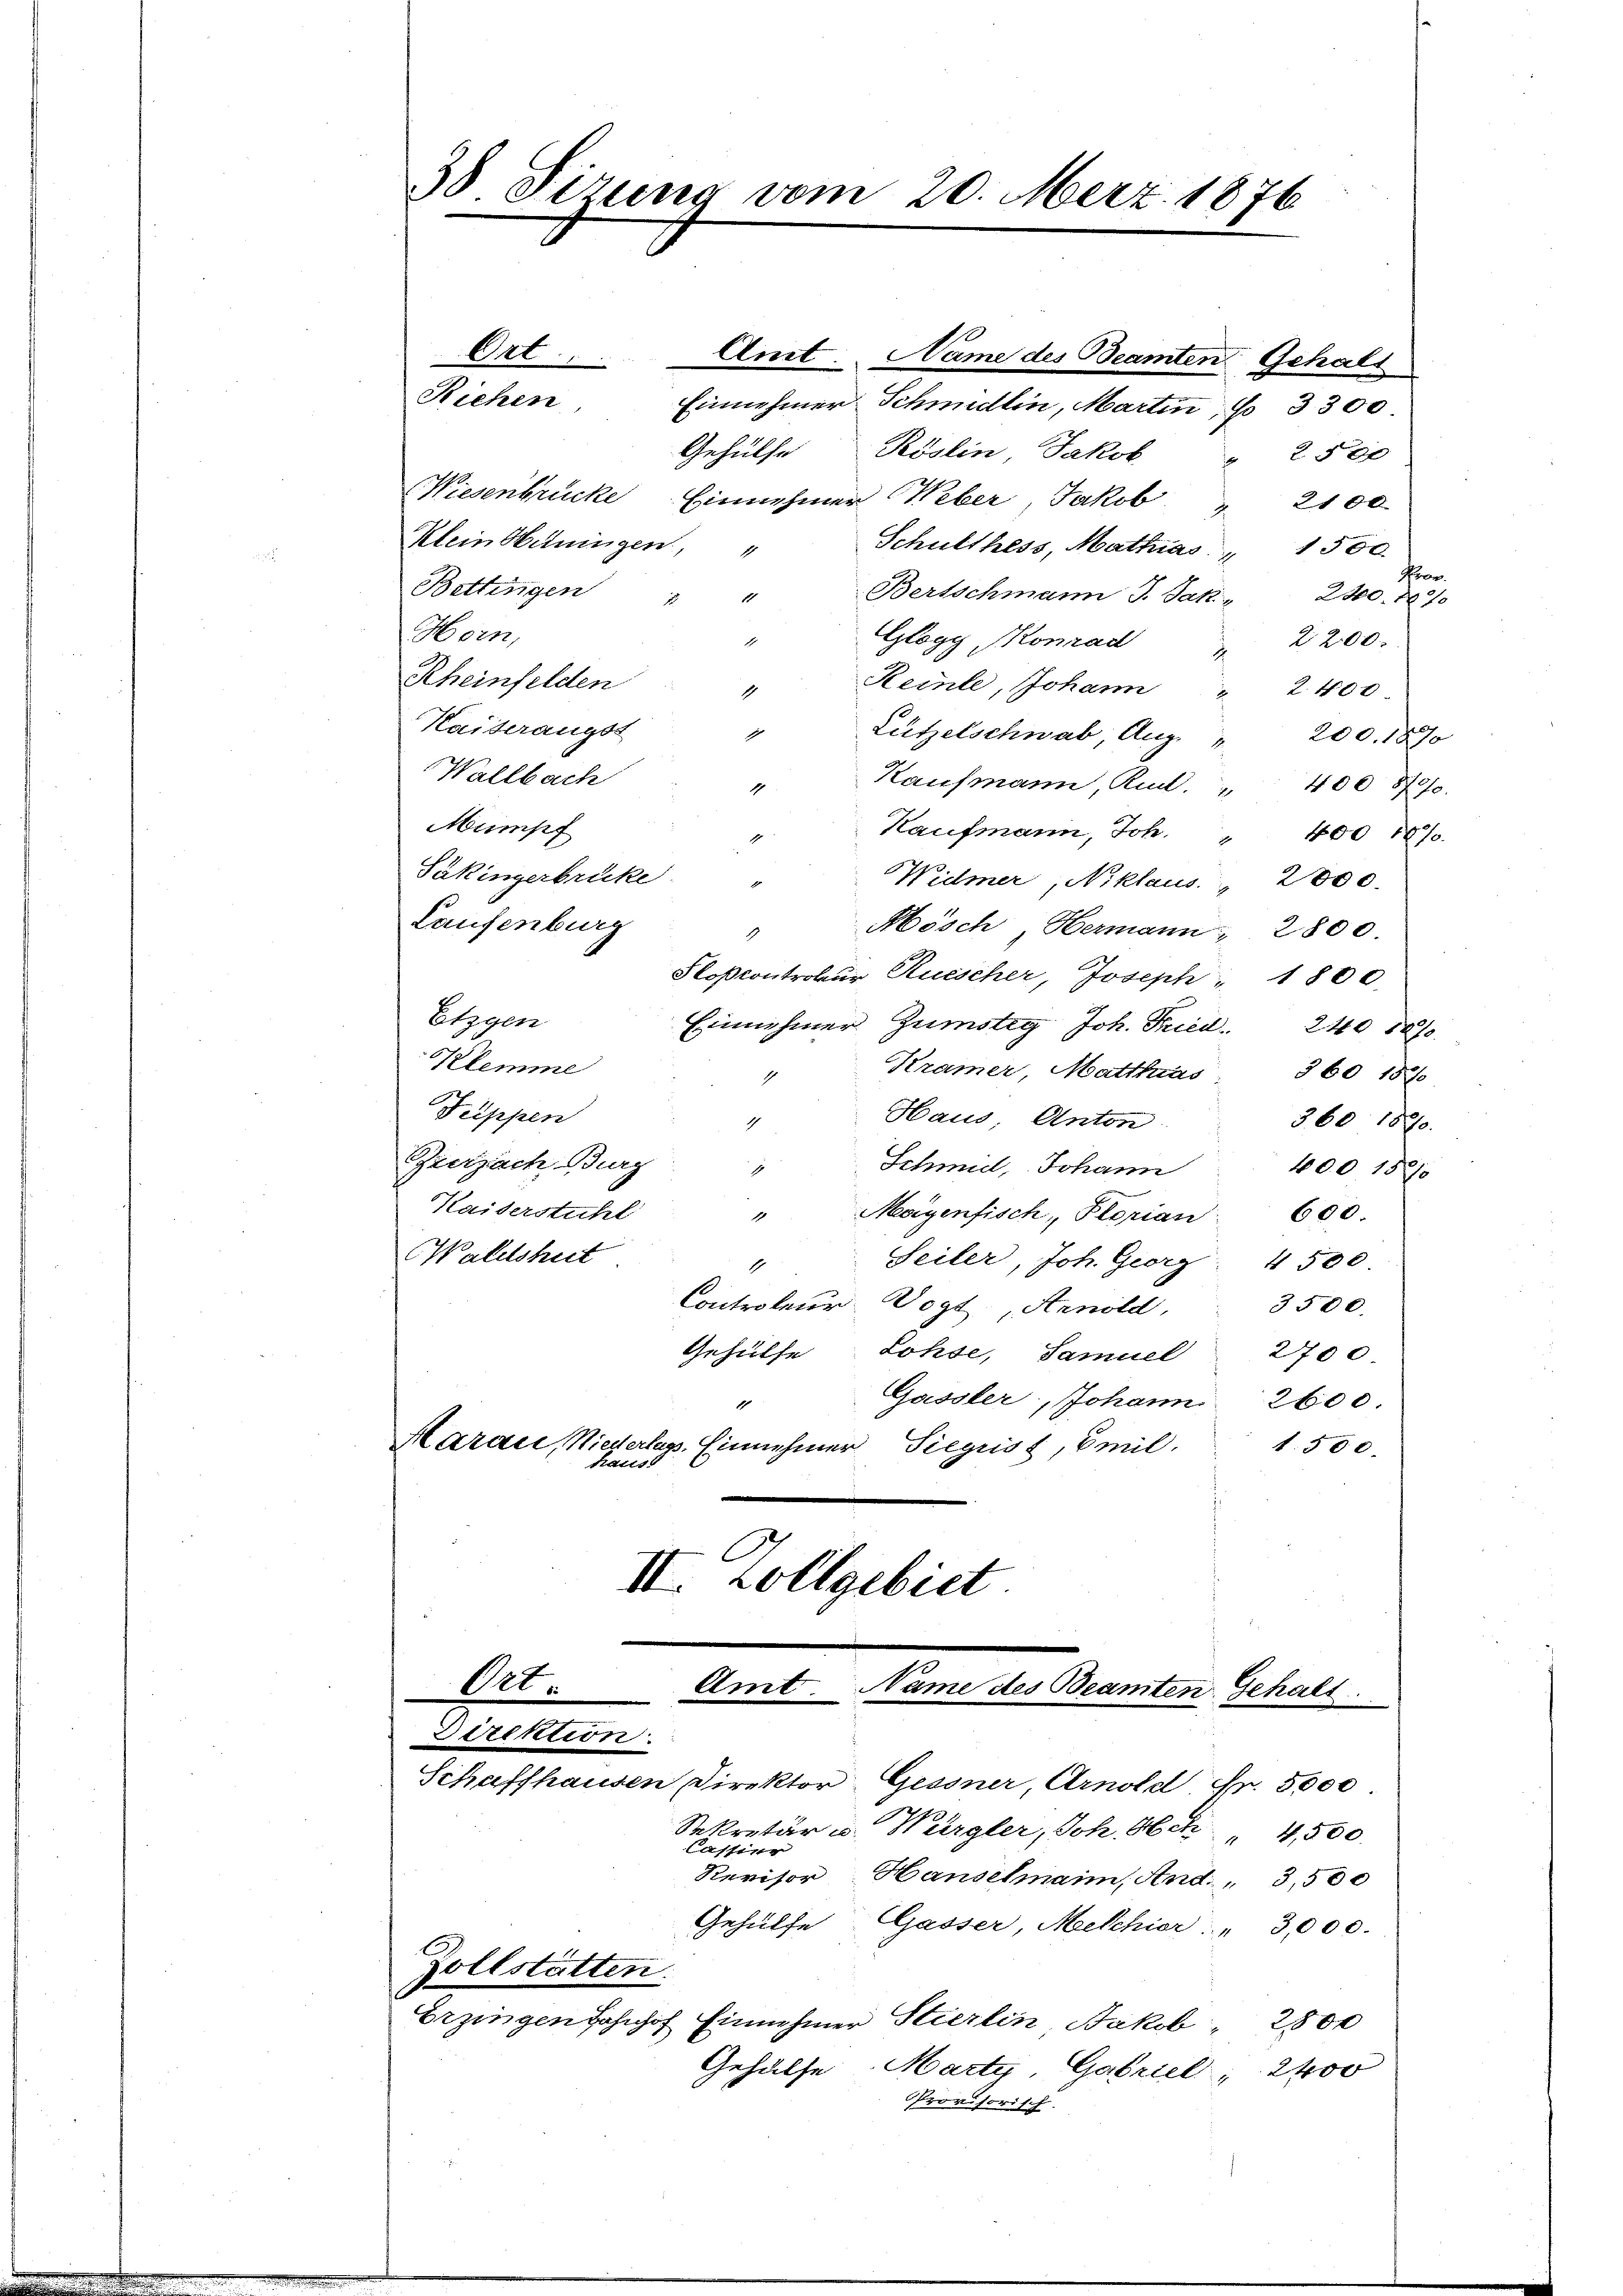
38 Sizung vom 20. Merz 1876

Riehen
Wiesenbrücke Einnehmer Weber, Jakob " 2100
Klein Hüningen,
Schulthess, Mathias " 1500.
1
Koon.
Bettingen
Bertschmann J. Jani-
2400. No 70
1
1
Horn,
Glogg Konrad
1
2200.
Rheinfelden
Reinle, Johann " 2400
1
Kaiserangst
Lützelschwab, Aug.
1
200. 1870
Wallbach
Kaufmann, Rud.
400 8790.
1
1
Mumpf
Kaufmann, Joh. " 400 1870.
1
Säkingerbrücke
Widmer, Niklaus 2000.
Laufenburg
Mösch, Hermann, 2800
1
Floßcontrobur Rüescher, Joseph " 1800.
Etzgen
Einnehmer Zustig Joh. Fried. 240 1870
Klemme
Kramer, Matthias 360 157
1
Suppen
Haus Anton
360 1890.
4
Zurzach Gug
Schmidl, Johann
400 1891
1
Kaiserstühl
Mayenfisch, Florian 600.
1
Waldshut
Seiler, Joh. Georg 4500
1
Controleur Vogt Arnold, 3500.
Gehülfe Lohse, Samuel 2700.
Gassler, Johann 2600.
1
Marau, Niederlas, Einnehmer Siegrist, Emil.
t.500.
hauss
II. Zollgebiet

Ort...

Ote
Amt. Name des Beamten Gehalt
Direktion.
Schaffhausen Direktor Gessner, Arnold Fr. 5000

Amt. Name des Beamten Gehalt
Einnehmer Schmidlin, Martin, No 3300
Gehülfe Röslin Jakob " 2500

Sekretär u. Würgler, Joh. Hch " 4,500.
Cassier
Revisor
Hanselmann, And. " 3,500
Gehülfe Gasser Mekhier: " 3,000.
Zollstätten.
Erzingen Bahnhof Einnehmer Stierlin, Jakob 2800
Gehülfe Marty, Gabriel, 2400
Provisorisch-